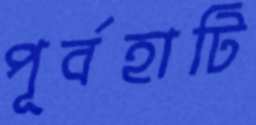
পূর্বহাটি